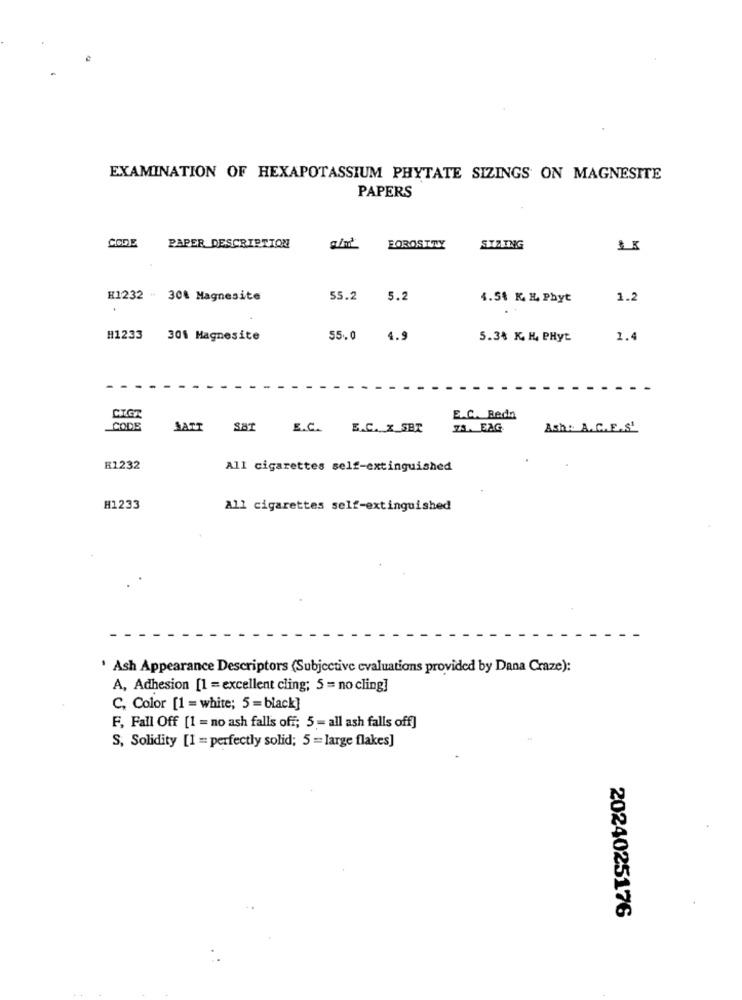
EXAMINATION OF HEXAPOTASSIUM PHYTATE SIZINGS ON MAGNESITE
PAPERS
CODE
PAPER DESCRIPTION
FOROSTTY
STATNG
H1232 - 30% Magnesite
55.2
5.2
4.54 K, E, Phyt
1.2
H1233
301 Magnesite
55.0
4.
5.3% K, H, PHyt
1.4
CIGI
E.C. Bedn
CODE
MATT SAT
E.C. E.C. X_SEX
75. EAG
Ash: A. C.E.S'
R1232
All cigarettes self-extinguished
H1233
All cigarettes self-extinguished
· Ash Appearance Descriptors (Subjective cvaluations provided by Dana Craze):
A, Adhesion [1 = excellent cling; 5 = no cling]
C, Color [1 = white; 5 = black]
F, Fall Off [1 = no ash falls off; 5 - all ash falls off]
S, Solidity [I = perfectly solid; 5 = large flakes]
2024025176